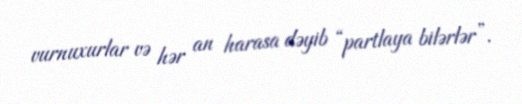
vurnuxurlar və hər an harasa dəyib “partlaya bilərlər”.